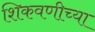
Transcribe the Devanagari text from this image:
शिकवणीच्या